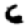
Digit: 6